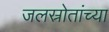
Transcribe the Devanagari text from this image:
जलस्रोतांच्या